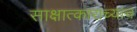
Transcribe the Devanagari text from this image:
साक्षात्काराच्याच